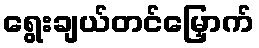
ရွေးချယ်တင်မြှောက်